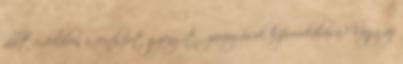
állt érdekében a rendszert gyengítő zavargások kiprovokálása? Vagy az